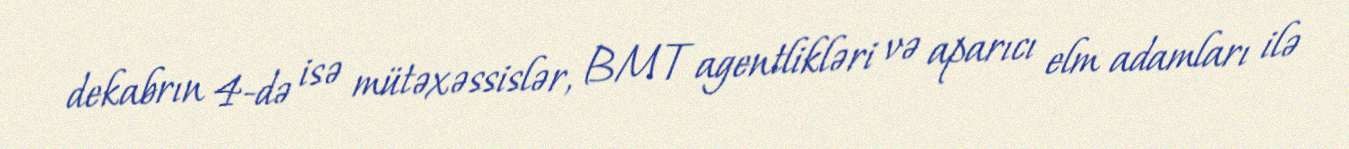
dekabrın 4-də isə mütəxəssislər, BMT agentlikləri və aparıcı elm adamları ilə